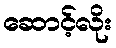
ဆောင့်လိုး